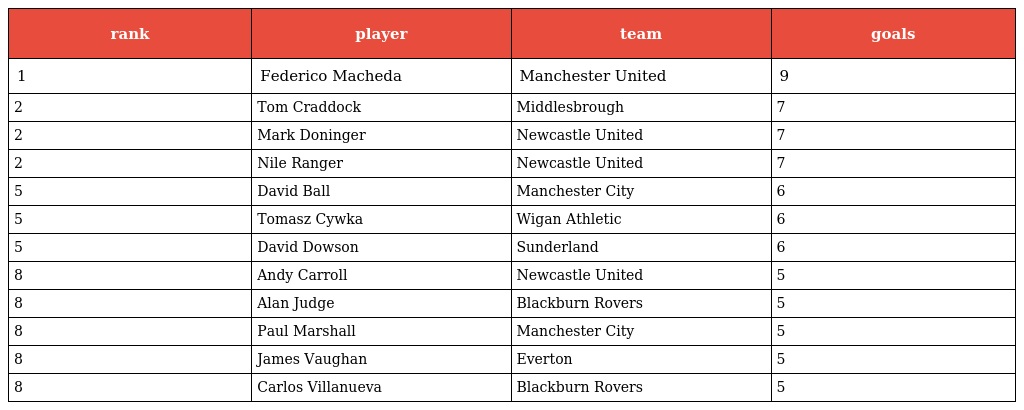
| rank | player | team | goals |
 | --- | --- | --- | --- |
 | 1 | Federico Macheda | Manchester United | 9 |
 | 2 | Tom Craddock | Middlesbrough | 7 |
 | 2 | Mark Doninger | Newcastle United | 7 |
 | 2 | Nile Ranger | Newcastle United | 7 |
 | 5 | David Ball | Manchester City | 6 |
 | 5 | Tomasz Cywka | Wigan Athletic | 6 |
 | 5 | David Dowson | Sunderland | 6 |
 | 8 | Andy Carroll | Newcastle United | 5 |
 | 8 | Alan Judge | Blackburn Rovers | 5 |
 | 8 | Paul Marshall | Manchester City | 5 |
 | 8 | James Vaughan | Everton | 5 |
 | 8 | Carlos Villanueva | Blackburn Rovers | 5 |